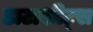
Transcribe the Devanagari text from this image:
डाटाशीट्स